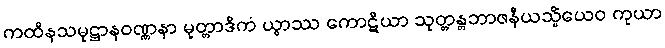
ကထိနသမုဋ္ဌာနဝဏ္ဏနာ မုတ္တာဒိကံ ယွာဿ ကောဋိယာ သုတ္တန္တဘာဇနီယသ္မိံယေဝ ကုယာ